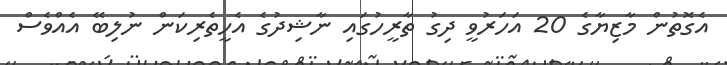
އެގޮތުން މާޒިޔާގެ 20 އަހަރުވީ ދިގު ތާރީހުގައި ނާޝިދުގެ އެހީތެރިކަން ނުލިބޭ އެއްވެސް